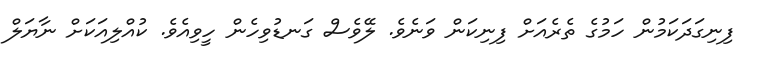
ފިނިގަދަކަމުން ހަމުގެ ތެރެއަށް ފިނިކަން ވަނެވެ. ލޭވެސް ގަނޑުވިހެން ހީވިއެވެ. ކުއްލިއަކަށް ނާޔަލް